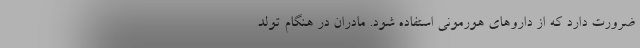
ضرورت دارد که از داروهای هورمونی استفاده شود. مادران در هنگام تولد